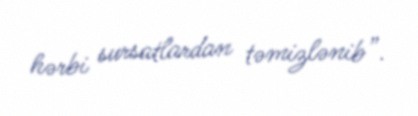
hərbi sursatlardan təmizlənib”.